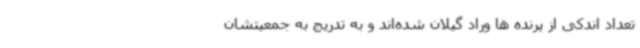
تعداد اندکی از پرنده ها وراد گیلان شده‌اند و به تدریج به جمعیتشان